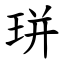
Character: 㻂